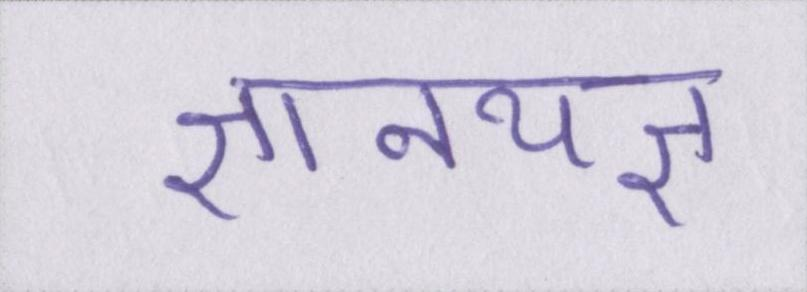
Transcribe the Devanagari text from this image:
ज्ञानयज्ञ